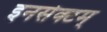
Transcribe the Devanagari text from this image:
इनसेक्टम्‌